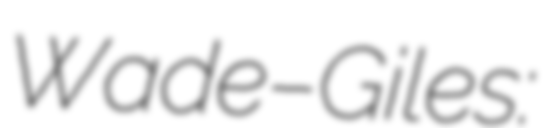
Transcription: Wade–Giles: